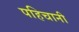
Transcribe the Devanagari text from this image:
पहिचानी